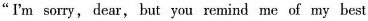
“I'm sorry,dear, but you remind me of my best